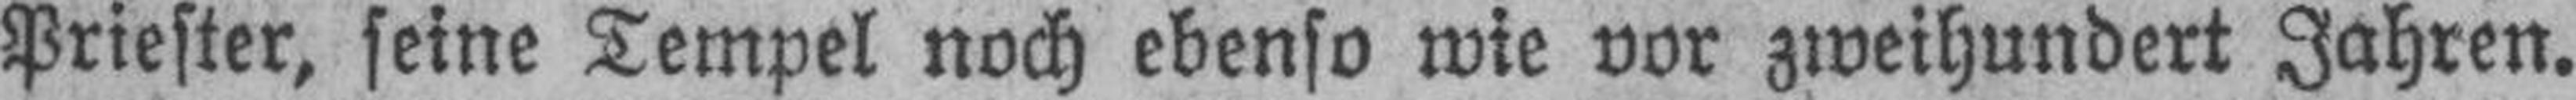
Priester, seine Tempel noch ebenso wie vor zweihundert Jahren.